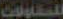
للمقاولات